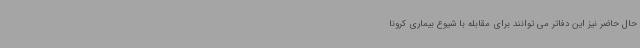
حال حاضر نیز این دفاتر می توانند برای مقابله با شیوع بیماری کرونا